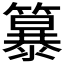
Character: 𮆭